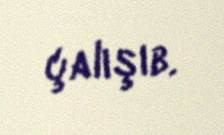
çalışıb.